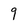
Character: 9